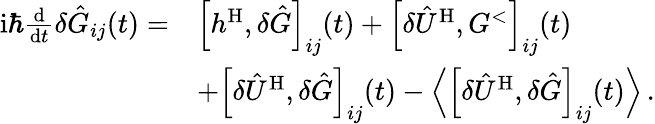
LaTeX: \begin{array}{rl}{\mathrm{i}\hbar\frac{\mathrm{d}}{\mathrm{d}t}\delta\hat{G}_{ij}(t)=}&{\Big[h^{\mathrm{H}},\delta\hat{G}\Big]_{ij}(t)+\Big[\delta\hat{U}^{\mathrm{H}},G^{<}\Big]_{ij}(t)}\\ &{+\Big[\delta\hat{U}^{\mathrm{H}},\delta\hat{G}\Big]_{ij}(t)-\Big\langle\Big[\delta\hat{U}^{\mathrm{H}},\delta\hat{G}\Big]_{ij}(t)\Big\rangle\, .}\end{array}